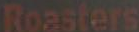
Roasters